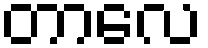
တာလေ